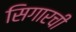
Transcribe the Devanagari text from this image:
सिगारची